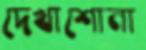
দেখাশোনা